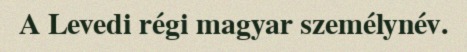
A Levedi régi magyar személynév.